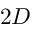
2 D